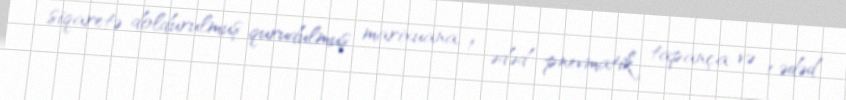
siqaretə doldurulmuş qurudulmuş marixuana, 1 ədəd pnevmatik tapança və 1 ədəd